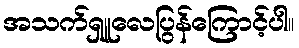
အသက်ရှူလေပြွန်ကြောင့်ပါ။